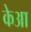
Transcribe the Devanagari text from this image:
केआ